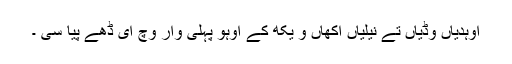
اوہدیاں وڈیاں تے نیلیاں اکھاں و یکھ کے اوہو پہلی وار وچ ای ڈھے پیا سی ۔